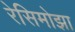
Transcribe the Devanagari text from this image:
रेसिमोझा